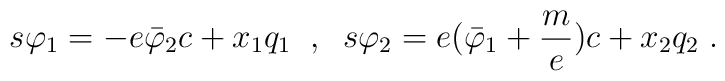
s \varphi_1 =-e\bar \varphi _2 c + x_1 q_1 \; \; , \; \;   s \varphi_2 = e (\bar \varphi _1 + \frac me)c+ x_2 q_2 \; .